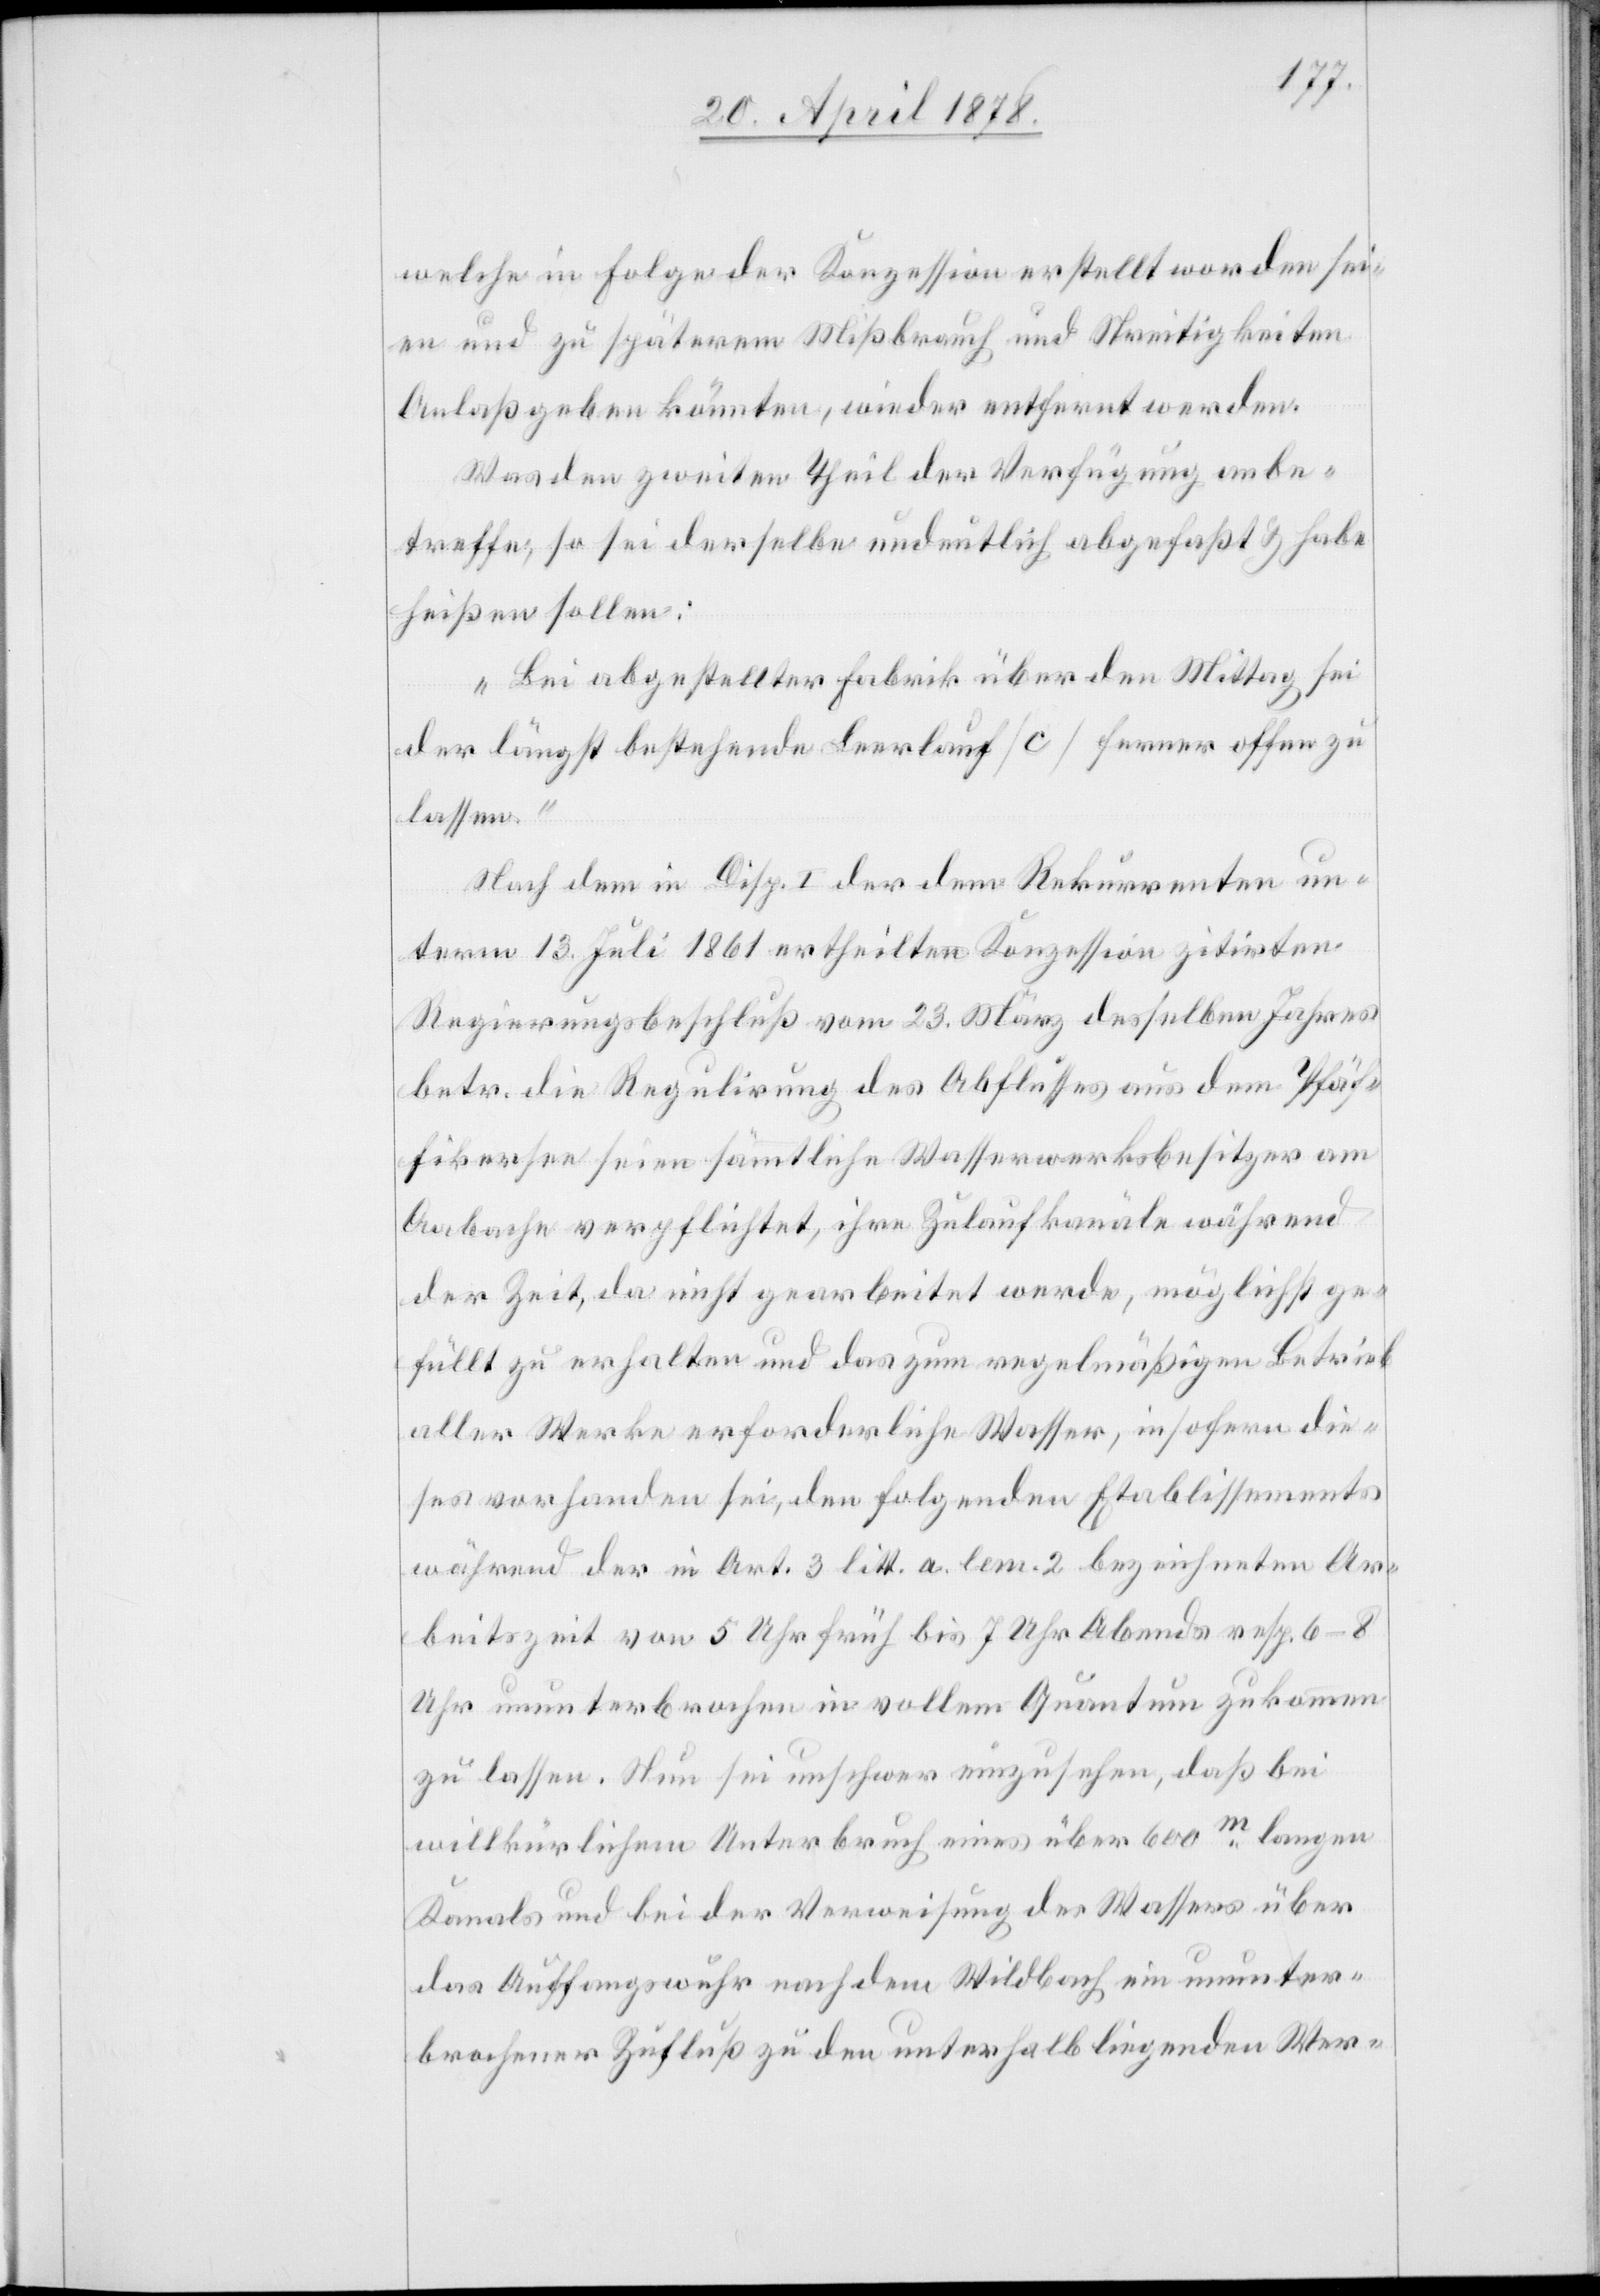
welche in Folge der Konzession erstellt worden sei¬
en und zu späterem Missbrauch und Streitigkeiten
Anlaß geben könnten, wieder entfernt werden.
Was den zweiten Theil der Verfügung anbe¬
treffe, so sei derselbe undeutlich abgefasst & habe
heißen sollen:
„Bei abgestellter Fabrik über den Mittag sei
der längst bestehende Leerlauf (c) ferner offen zu
lassen.“
Nach dem in Disp. 1 der dem Rekurrenten un¬
term 13. Juli 1861 ertheilten Konzession zitirten
Regierungsbeschluß vom 23. März desselben Jahres
betr. die Regulirung des Abflusses aus dem Pfäf¬
fikersee seien sämmtliche Wasserwerksbesitzer am
Aabache verpflichtet, ihre Zulaufkanäle während
der Zeit, da nicht gearbeitet werde, möglichst ge¬
füllt zu erhalten und das zum regelmäßigen Betrieb
aller Werke erforderliche Wasser, insofern die¬
ses vorhanden sei, den folgenden Etablissements
während der in Art. 3 litt. a. lemm. 2 bezeichneten Ar¬
beitszeit von 5 Uhr früh bis 7 Uhr Abends resp. 6–8
Uhr ununterbrochen in vollem Quantum zukommen
zu lassen. Nun sei unschwer einzusehen, daß bei
willkürlichem Unterbruch eines über 600m langen
Kanals und bei der Verweisung des Wassers über
das Auffangswuhr nach dem Wildbach ein ununter¬
brochener Zufluß zu den unterhalb liegenden Wer-